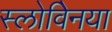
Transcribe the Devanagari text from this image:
स्लोवेिनया